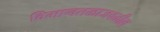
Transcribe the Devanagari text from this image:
विमानतळाजवळील